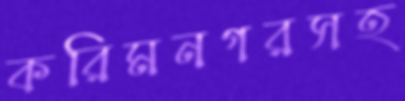
করিমনগরসহ